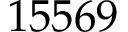
1 5 5 6 9